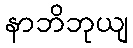
နာဘိဘုယျ